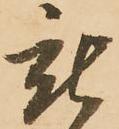
被